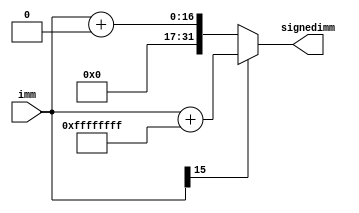
`timescale 1ns / 1ps
module SignExtend(
	input signed [15:0]imm,
	output [31:0]signedimm
   );
	parameter [31:0] N = 32'hffffffff;
	parameter [31:0] P = 32'h0;
	
	assign signedimm = (imm[15] == 1)?(imm + N):(imm + P);
endmodule